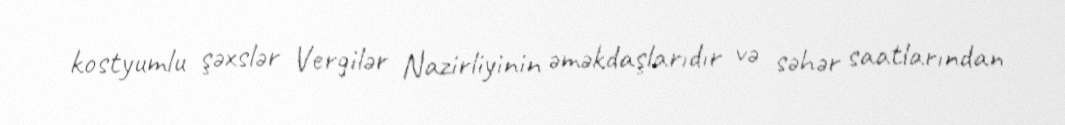
kostyumlu şəxslər Vergilər Nazirliyinin əməkdaşlarıdır və səhər saatlarından